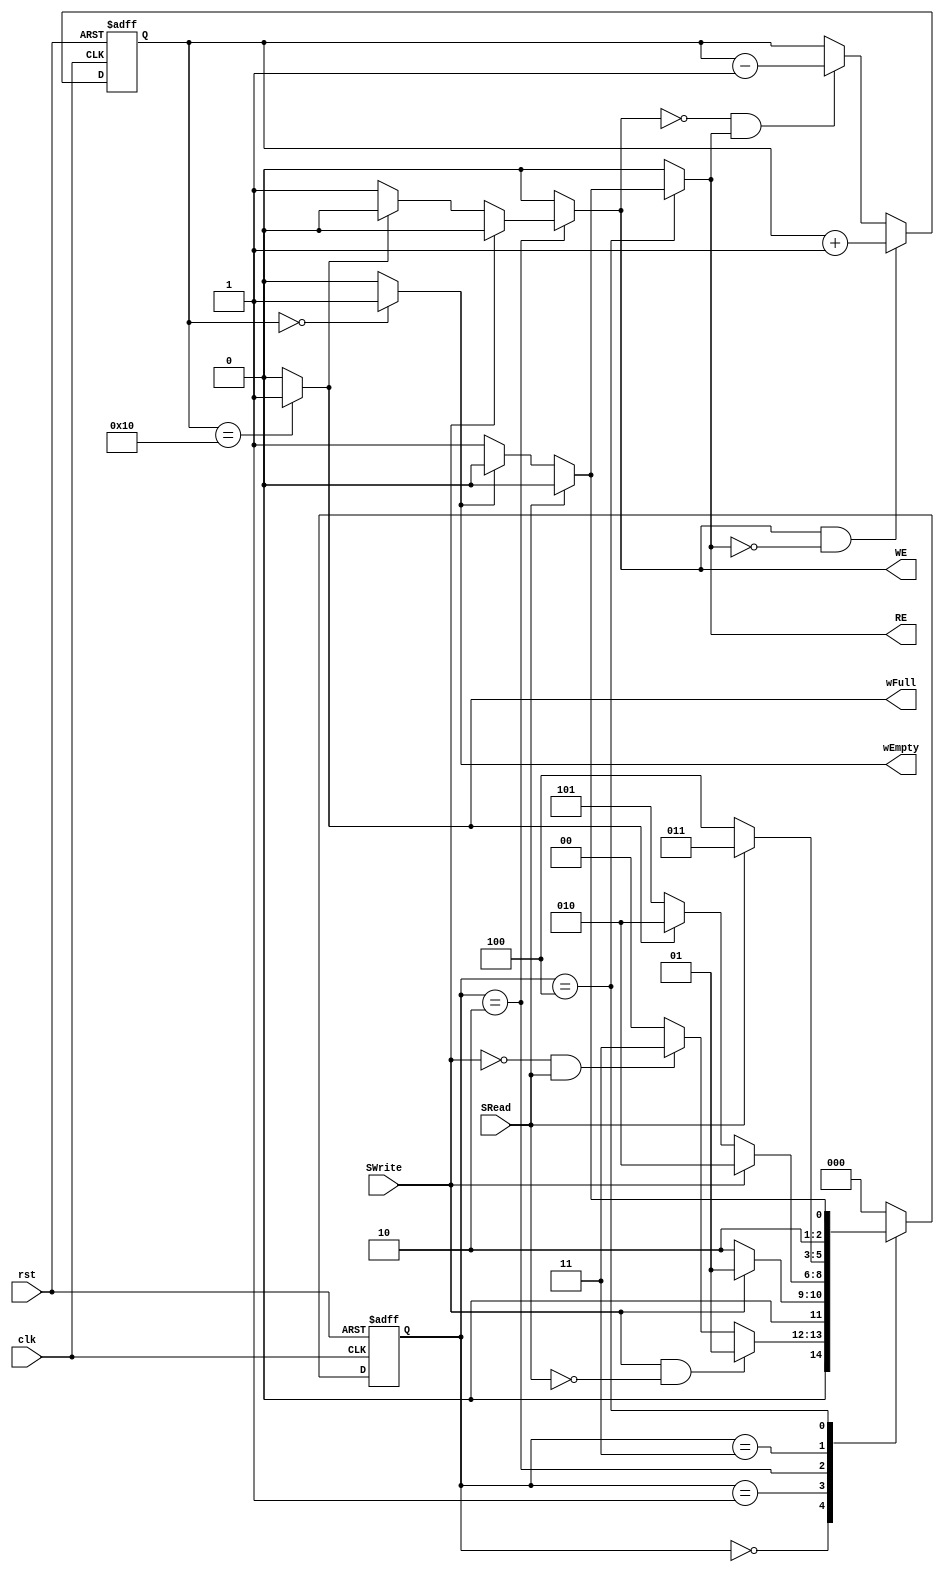
`timescale 1ns / 1ps

module controller(clk, rst, SRead, SWrite, WE, RE, wFull, wEmpty);
	input clk;
	input rst;
	input SRead;
	input SWrite;
	output reg WE;
	output reg RE;
	output  wFull;
	output  wEmpty;
	 
	assign rstn = ~rst;
	 
	localparam  IDLE    = 3'd0,
	   			WRITE_1 = 3'd1,
					WRITE_2 = 3'd2,
					READ_1  = 3'd3,
					READ_2  = 3'd4,
					DONE    = 3'd5;
					
	reg [2:0] nst, cst;
	reg [4:0] cnt;
	
	//Controller
	always @ (posedge clk or negedge rstn)
	begin
		if(~rstn)
		begin
			cst <= IDLE;
			cnt <= 4'd0;
		end
		else
		begin
			//Write - Increase element
			if(WE&&~RE) cnt <= cnt +1'b1;
			//Read - Decrease element
			else if(~WE&&RE) cnt <= cnt -1'b1;
			cst <= nst;
		end
	end
	
	always @ (*)
	begin
		nst =IDLE;
		WE = 1'b0;
		RE = 1'b0;
		case(cst)
			//IDLE
			IDLE:
			begin
				nst =IDLE;
				if(SWrite & ~SRead)
				begin
					nst =WRITE_1;
				end
				else if(~SWrite & SRead)
				begin
					nst = READ_1;
				end
			end
			//Write Ready
			WRITE_1:
			begin
				nst = WRITE_1;
				if(~SWrite)
				begin
					nst = WRITE_2;
				end
			end
			//Write Action
			WRITE_2:
			begin
				nst = WRITE_2;
				if(~SWrite)
				begin
					if(!wFull)
					begin
						nst = DONE;
						WE = 1'b1;
					end
				end
			end
			//Read Ready
			READ_1:
			begin
				nst = READ_1;
				if(~SRead)
				begin
					nst = READ_2;
				end
			end
			//Read Action
			READ_2:
			begin
				nst = READ_2;
				if(~SRead)
				begin
					if(!wEmpty)
					begin
						nst = DONE;
						RE = 1'b1;
					end
				end
			end
			//Done, Back to Home
			DONE:
			begin
				nst = IDLE;
			end
		endcase
	end

//Full, Empty Signal Generated
assign wFull = (cnt == 5'b10000) ? 1'b1 :1'b0;
assign wEmpty = (cnt == 5'b00000) ? 1'b1 :1'b0;


endmodule